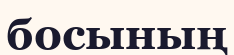
босының